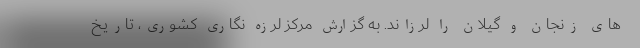
های زنجان و گیلان را لرزاند. به گزارش مرکز لرزه نگاری کشوری، تاریخ